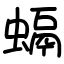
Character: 螎